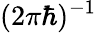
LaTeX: (2\pi\hbar)^{-1}